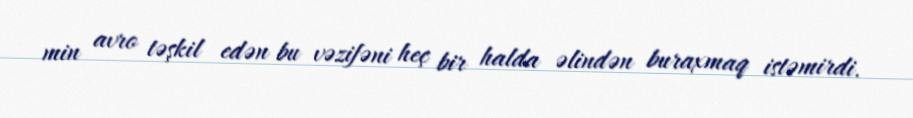
min avro təşkil edən bu vəzifəni heç bir halda əlindən buraxmaq istəmirdi.